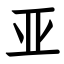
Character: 亚